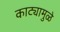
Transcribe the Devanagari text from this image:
काट्यामुळे